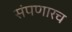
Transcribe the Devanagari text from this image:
संपणारच